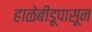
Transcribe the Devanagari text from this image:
हाळेबीडूपासून